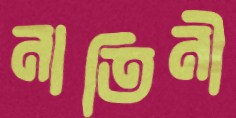
নাতিনী